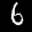
Label: 6